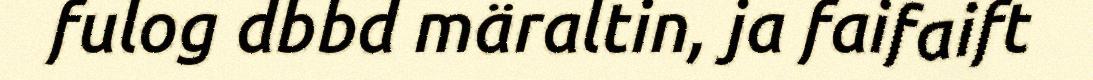
fulog dbbd märaltin, ja faifaift